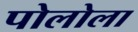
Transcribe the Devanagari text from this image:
पोलोला